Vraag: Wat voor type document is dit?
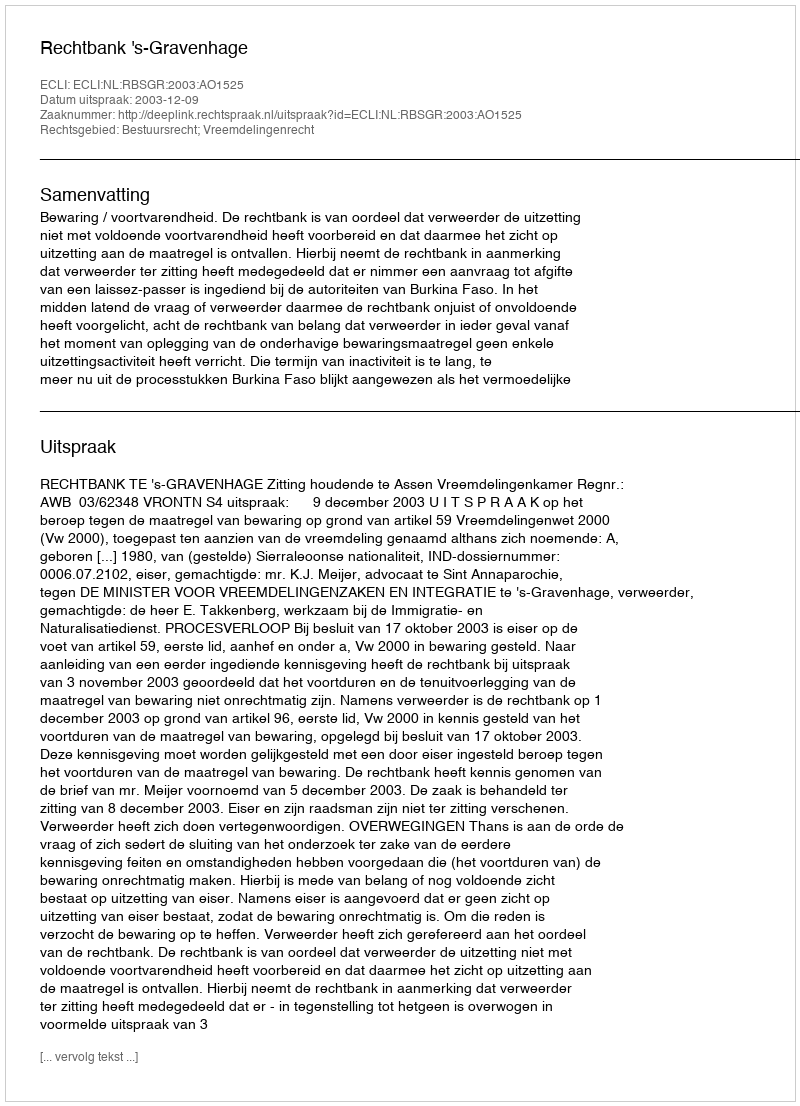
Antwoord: Uitspraak